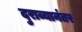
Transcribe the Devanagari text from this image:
दुराव्यानंतर